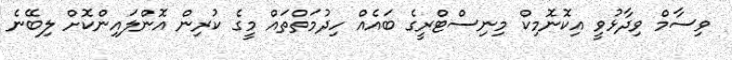
ވިސާމް ވިދާޅުވީ އިކޮނޮމިކް މިިނިސްޓްރީގެ ބައެއް ހިދުމަތްތައް މީގެ ކުރިން އޮންލައިންކޮށް ލިބޭނެ